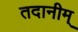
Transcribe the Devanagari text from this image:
तदानीम्